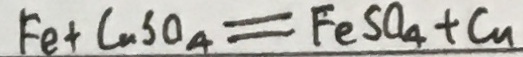
F e + C u S O _ { 4 } = F e S O _ { 4 } + C u